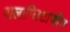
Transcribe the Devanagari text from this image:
बालाग्लिटाजोन